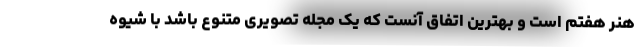
هنر هفتم است و بهترین اتفاق آنست که یک مجله تصویری متنوع باشد با شیوه